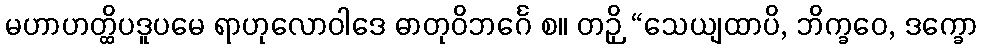
မဟာဟတ္ထိပဒူပမေ ရာဟုလောဝါဒေ ဓာတုဝိဘင်္ဂေ စ။ တဉှိ “သေယျထာပိ, ဘိက္ခဝေ, ဒက္ခော